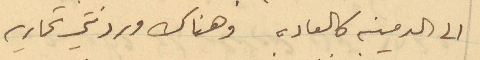
الى المدينة كالعادة. وهناك وردتني تحارير